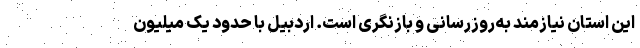
این استان نیازمند به‌روزرسانی و بازنگری است. اردبیل با حدود یک میلیون